Scottish Leaving Certificate Examination, 1953
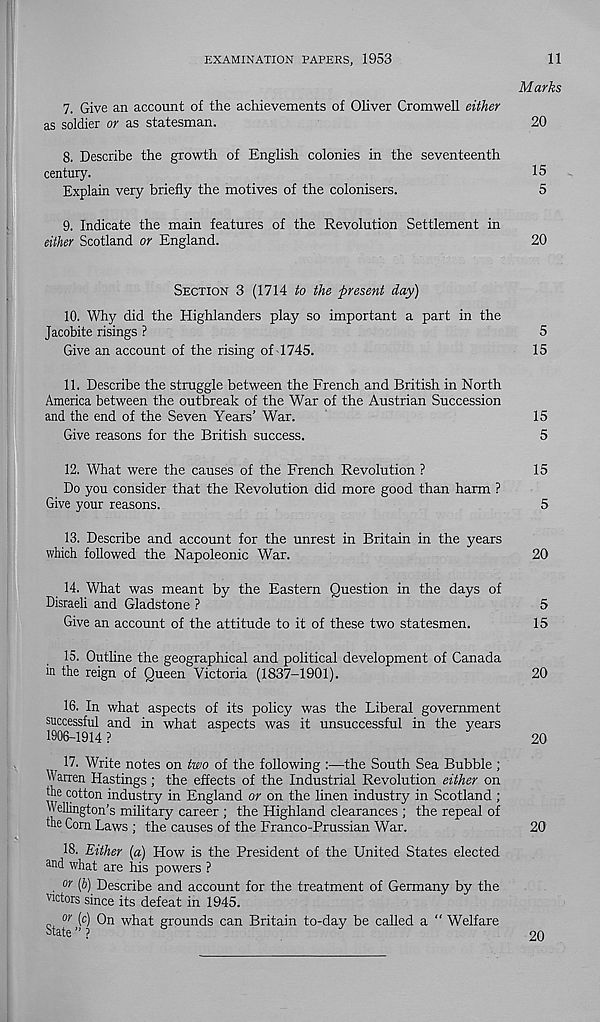
EXAMINATION PAPERS, 1953
11
Marks
7. Give an account of the achievements of Oliver Cromwell either
as soldier or as statesman.
20
8. Describe the growth of English colonies in the seventeenth
century.
15
Explain very briefly the motives of the colonisers.
5
9. Indicate the main features of the Revolution Settlement in
either Scotland or England.
20
SECTION 3 (1714 to the present day)
10. Why did the Highlanders play so important a part in the
Jacobite risings ?
5
Give an account of the rising of 1745.
15
11. Describe the struggle between the French and British in North
America between the outbreak of the War of the Austrian Succession
and the end of the Seven Years’ War.
15
Give reasons for the British success.
5
12. What were the causes of the French Revolution ?
15
Do you consider that the Revolution did more good than harm ?
Give your reasons.
5
13. Describe and account for the unrest in Britain in the years
which followed the Napoleonic War.
20
14. What was meant by the Eastern Question in the days of
Disraeli and Gladstone ?
5
Give an account of the attitude to it of these two statesmen.
15
15. Outline the geographical and political development of Canada
in the reign of Queen Victoria (1837-1901).
20
16. In what aspects of its policy was the Liberal government
successful and in what aspects was it unsuccessful in the years
1906-1914 ?
20
17. Write notes on two of the following :•—the South Sea Bubble ;
Warren Hastings; the effects of the Industrial Revolution either on
the cotton industry in England or on the linen industry in Scotland ;
” fillington’s military career ; the Highland clearances ; the repeal of
the Corn Laws ; the causes of the Franco-Prussian War.
20
18. Either [a] How is the President of the United States elected
a nd what are his powers ?
. or (b) Describe and account for the treatment of Germany by the
victors since its defeat in 1945.
or (c) On what grounds can Britain to-day be called a “ Welfare
State”?
6
20